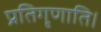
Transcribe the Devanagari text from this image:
प्रतिगृणाति।